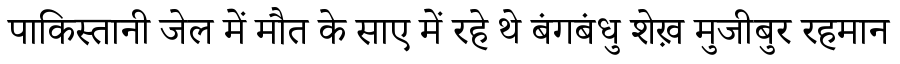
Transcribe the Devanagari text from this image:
पाकिस्तानी जेल में मौत के साए में रहे थे बंगबंधु शेख़ मुजीबुर रहमान